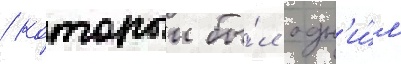
/ которыи бы́л одн'и́м